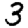
Digit: 3